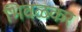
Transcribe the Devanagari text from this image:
भिवळकर